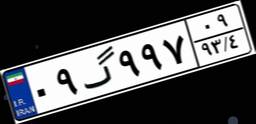
۰۹گ۹۹۷۰۹